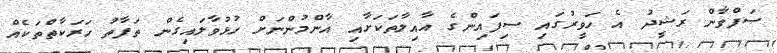
ޞަފްވާން ރަޝީދު އެ ހަވީރުގައި ސިފައިންގެ އާއިލާތަކަށާއި އާންމުންނަށް ހުޅުވާލައިގެން ތަފާތު ހަރަކާތްތަކެއް